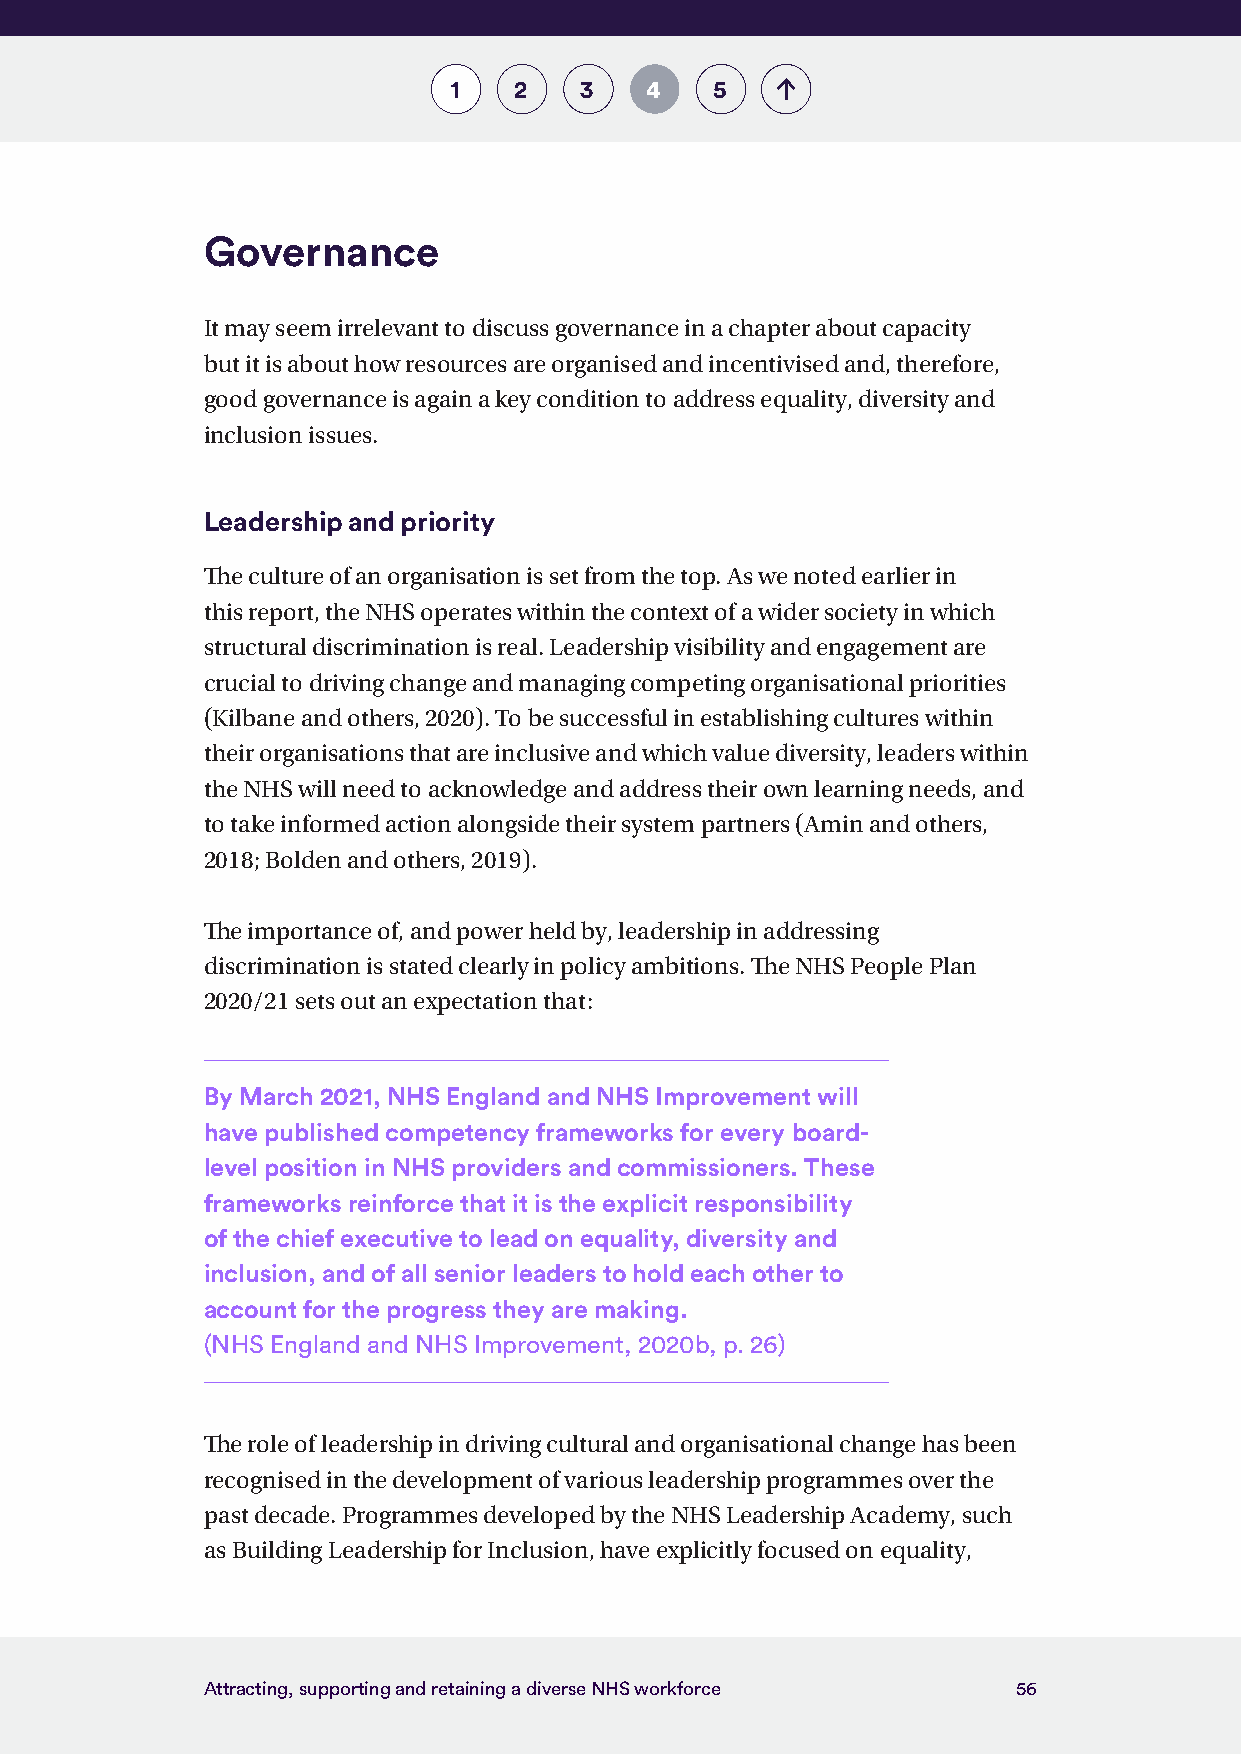
1   2   3    4   5
 Governance
 It may seem irrelevant to discuss governance in a chapter about capacity
 but it is about how resources are organised and incentivised and, therefore,
 good governance is again a key condition to address equality, diversity and
 inclusion issues.
 Leadership and priority
 The culture of an organisation is set from the top. As we noted earlier in
 this report, the NHS operates within the context of a wider society in which
 structural discrimination is real. Leadership visibility and engagement are
 crucial to driving change and managing competing organisational priorities
 (Kilbane and others, 2020). To be successful in establishing cultures within
 their organisations that are inclusive and which value diversity, leaders within
 the NHS will need to acknowledge and address their own learning needs, and
 to take informed action alongside their system partners (Amin and others,
 2018; Bolden and others, 2019).
 The importance of, and power held by, leadership in addressing
 discrimination is stated clearly in policy ambitions. The NHS People Plan
 2020/21 sets out an expectation that:
 By March 2021, NHS England and NHS Improvement will
 have published competency frameworks for every board-
 level position in NHS providers and commissioners. These
 frameworks reinforce that it is the explicit responsibility
 of the chief executive to lead on equality, diversity and
 inclusion, and of all senior leaders to hold each other to
 account for the progress they are making.
 (NHS England and NHS Improvement, 2020b, p. 26)
 The role of leadership in driving cultural and organisational change has been
 recognised in the development of various leadership programmes over the
 past decade. Programmes developed by the NHS Leadership Academy, such
 as Building Leadership for Inclusion, have explicitly focused on equality,
 Attracting, supporting and retaining a diverse NHS workforce 56